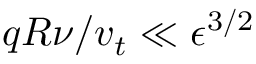
q R \nu / v _ { t } \ll \epsilon ^ { 3 / 2 }